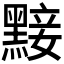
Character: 𪑗